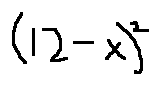
( 1 2 - x ) ^ { 2 }